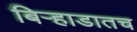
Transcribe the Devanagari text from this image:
बिऱ्हाडातच